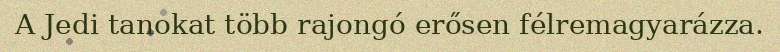
A Jedi tanokat több rajongó erősen félremagyarázza.